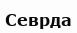
Севрда